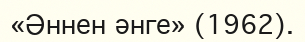
«Әннен әнге» (1962).